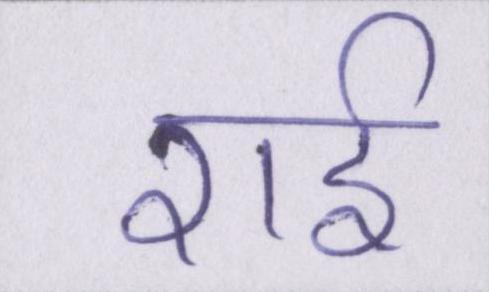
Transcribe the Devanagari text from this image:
राई